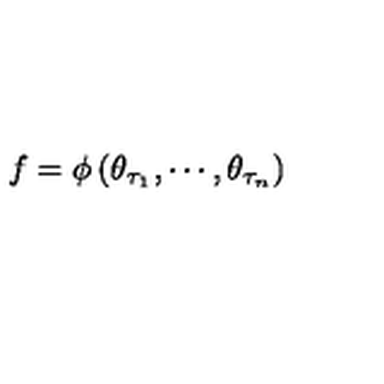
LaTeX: f = \phi \left( \theta _ { \tau _ { 1 } } , \cdots , \theta _ { \tau _ { n } } \right)